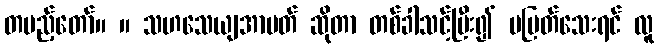
တပည့်တော်။ ။ သဟသေယျအာပတ် ဆိုတာ တစ်ခါသင့်ပြီး၍ မပြတ်သေးရင် လူ